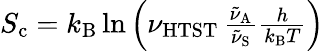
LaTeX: \begin{array}{r}{S_{\mathrm{c}}=k_{\mathrm{B}}\ln\left(\nu_{\mathrm{HTST}}\, \frac{\tilde{\nu}_{\mathrm{A}}}{\tilde{\nu}_{\mathrm{S}}}\frac{h}{k_{\mathrm{B}}T}\right)}\end{array}